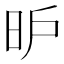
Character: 昈